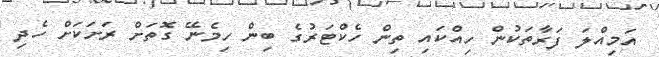
އަމިއްލަ ފަރާތަކުން ހިއްކައި ތިން ހެކްޓަރުގެ ބިން ހިމެނޭ ގޮތަށް ރަށަކަށް ހެދި